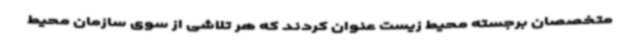
متخصصان برجسته محیط زیست عنوان کردند که هر تلاشی از سوی سازمان محیط